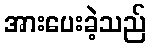
အားပေးခဲ့သည်